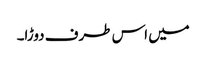
میں اس طرف دوڑا۔